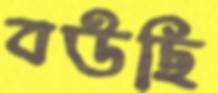
বউছি